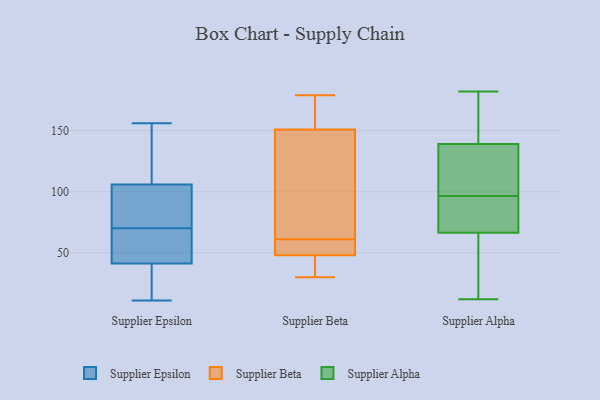
{"axis": {"x": "Churn Rate (%)", "y": "Value"}, "legend": ["Supplier Alpha", "Supplier Beta", "Supplier Epsilon"], "data": [{"x": "", "y": 70, "type": "Supplier Epsilon"}, {"x": "", "y": 68, "type": "Supplier Epsilon"}, {"x": "", "y": 83, "type": "Supplier Epsilon"}, {"x": "", "y": 111, "type": "Supplier Epsilon"}, {"x": "", "y": 33, "type": "Supplier Epsilon"}, {"x": "", "y": 109, "type": "Supplier Epsilon"}, {"x": "", "y": 11, "type": "Supplier Epsilon"}, {"x": "", "y": 24, "type": "Supplier Epsilon"}, {"x": "", "y": 66, "type": "Supplier Epsilon"}, {"x": "", "y": 156, "type": "Supplier Epsilon"}, {"x": "", "y": 97, "type": "Supplier Epsilon"}, {"x": "", "y": 52, "type": "Supplier Beta"}, {"x": "", "y": 62, "type": "Supplier Beta"}, {"x": "", "y": 90, "type": "Supplier Beta"}, {"x": "", "y": 48, "type": "Supplier Beta"}, {"x": "", "y": 46, "type": "Supplier Beta"}, {"x": "", "y": 175, "type": "Supplier Beta"}, {"x": "", "y": 179, "type": "Supplier Beta"}, {"x": "", "y": 30, "type": "Supplier Beta"}, {"x": "", "y": 151, "type": "Supplier Beta"}, {"x": "", "y": 60, "type": "Supplier Beta"}, {"x": "", "y": 90, "type": "Supplier Alpha"}, {"x": "", "y": 12, "type": "Supplier Alpha"}, {"x": "", "y": 133, "type": "Supplier Alpha"}, {"x": "", "y": 156, "type": "Supplier Alpha"}, {"x": "", "y": 127, "type": "Supplier Alpha"}, {"x": "", "y": 164, "type": "Supplier Alpha"}, {"x": "", "y": 101, "type": "Supplier Alpha"}, {"x": "", "y": 68, "type": "Supplier Alpha"}, {"x": "", "y": 63, "type": "Supplier Alpha"}, {"x": "", "y": 115, "type": "Supplier Alpha"}, {"x": "", "y": 119, "type": "Supplier Alpha"}, {"x": "", "y": 83, "type": "Supplier Alpha"}, {"x": "", "y": 65, "type": "Supplier Alpha"}, {"x": "", "y": 150, "type": "Supplier Alpha"}, {"x": "", "y": 81, "type": "Supplier Alpha"}, {"x": "", "y": 182, "type": "Supplier Alpha"}, {"x": "", "y": 145, "type": "Supplier Alpha"}, {"x": "", "y": 42, "type": "Supplier Alpha"}, {"x": "", "y": 92, "type": "Supplier Alpha"}, {"x": "", "y": 42, "type": "Supplier Alpha"}]}